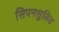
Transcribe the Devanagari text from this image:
सिपनसुलिड